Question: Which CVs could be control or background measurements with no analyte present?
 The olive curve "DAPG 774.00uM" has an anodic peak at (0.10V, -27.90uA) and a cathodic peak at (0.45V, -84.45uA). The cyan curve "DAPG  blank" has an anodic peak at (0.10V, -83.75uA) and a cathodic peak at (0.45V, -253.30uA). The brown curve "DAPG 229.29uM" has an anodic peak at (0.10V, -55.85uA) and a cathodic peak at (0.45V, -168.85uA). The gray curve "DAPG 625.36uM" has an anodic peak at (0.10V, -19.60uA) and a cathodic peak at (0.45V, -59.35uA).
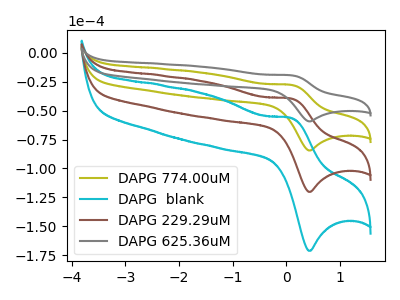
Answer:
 <answer>There are not any CV's on this graph that are likely to be blanks.</answer>
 <eval>none</eval>